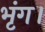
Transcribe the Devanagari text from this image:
भृंग।